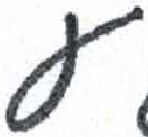
אות: ע